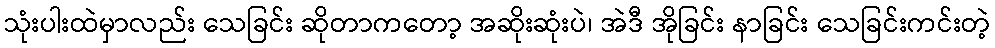
သုံးပါးထဲမှာလည်း သေခြင်း ဆိုတာကတော့ အဆိုးဆုံးပဲ၊ အဲဒီ အိုခြင်း နာခြင်း သေခြင်းကင်းတဲ့